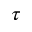
\tau